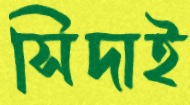
সিদাই